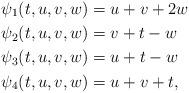
LaTeX: \begin{align*}\psi_1(t,u,v,w) & = u + v + 2w\\\psi_2(t,u,v,w) & = v + t - w\\\psi_3(t,u,v,w) & = u + t - w\\\psi_4(t,u,v,w) & = u+v+t,\end{align*}